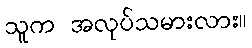
သူက အလုပ်သမားလား။